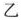
乙